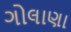
ગોલાણા